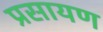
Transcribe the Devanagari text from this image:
प्रसायण